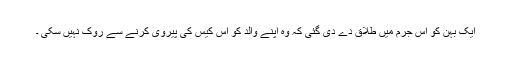
ایک بہن کو اس جرم میں طلاق دے دی گئی کہ وہ اپنے والد کو اس کیس کی پیروی کرنے سے روک نہیں سکی ۔